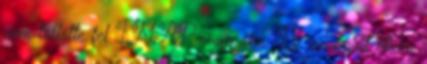
nem töltötte fel IMAP mappába. És az email kliens